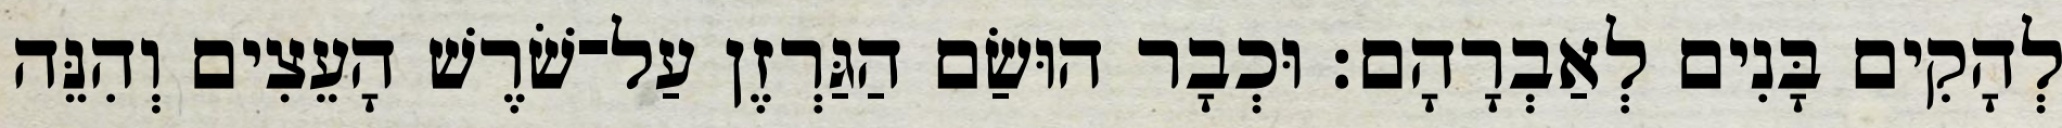
לְהָקִים בָּנִים לְאַבְרָהָם׃ וּכְבָר הוּשַׂם הַגַּרְזֶן עַל־שֹׁרֶשׁ הָעֵצִים וְהִנֵּה